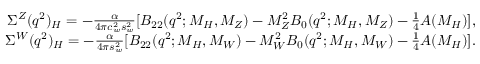
\begin{array} { r } { \Sigma ^ { Z } ( q ^ { 2 } ) _ { H } = - \frac { \alpha } { 4 \pi c _ { w } ^ { 2 } s _ { w } ^ { 2 } } [ B _ { 2 2 } ( q ^ { 2 } ; M _ { H } , M _ { Z } ) - M _ { Z } ^ { 2 } B _ { 0 } ( q ^ { 2 } ; M _ { H } , M _ { Z } ) - \frac { 1 } { 4 } A ( M _ { H } ) ] , } \\ { \Sigma ^ { W } ( q ^ { 2 } ) _ { H } = - \frac { \alpha } { 4 \pi s _ { w } ^ { 2 } } [ B _ { 2 2 } ( q ^ { 2 } ; M _ { H } , M _ { W } ) - M _ { W } ^ { 2 } B _ { 0 } ( q ^ { 2 } ; M _ { H } , M _ { W } ) - \frac { 1 } { 4 } A ( M _ { H } ) ] . } \end{array}